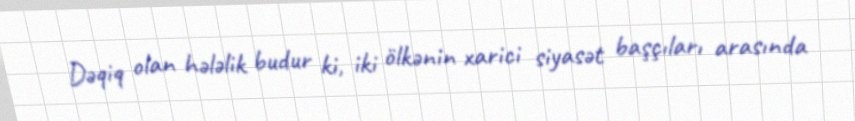
Dəqiq olan hələlik budur ki, iki ölkənin xarici siyasət başçıları arasında